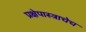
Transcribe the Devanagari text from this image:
प्रक्षेपास्त्राचेच